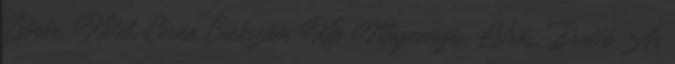
Zsinór, Kötél, Cérna Cikkszám Kép Megnevezés, Leírás, Bruttó Ár